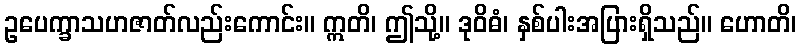
ဥပေက္ခာသဟဇာတ်လည်းကောင်း။ ဣတိ၊ ဤသို့။ ဒုဝိဓံ၊ နှစ်ပါးအပြားရှိသည်။ ဟောတိ၊